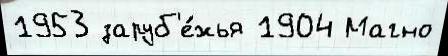
1953 заруб'е́жья 1904 Магно